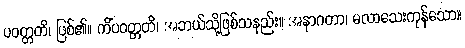
ပဝတ္တတိ၊ ဖြစ်၏။ ကိံပဝတ္တတိ၊ အဘယ်သို့ဖြစ်သနည်း။ အနာဂတာ၊ မလာသေးကုန်သော။